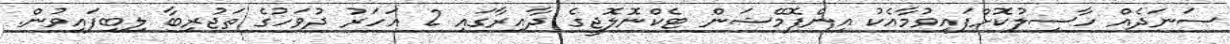
ސަނަދެއް ހާސިލުކޮށްފައިވުމާއެކު އިންފޮމޭޝަން ޓެކްނޮލޮޖީގެ ދާއިރާގައި 2 އަހަރު ދުވަހުގެ ތަޖުރިބާ ލިބިފައިވުން.